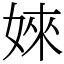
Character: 婡